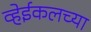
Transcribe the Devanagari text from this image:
व्हेईकलच्या